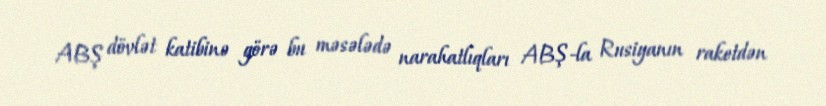
ABŞ dövlət katibinə görə bu məsələdə narahatlıqları ABŞ-la Rusiyanın raketdən